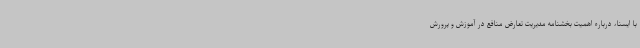
با ایسنا، درباره اهمیت بخشنامه مدیریت تعارض منافع در آموزش و پرورش